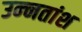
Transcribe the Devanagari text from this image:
उन्‍नतांश